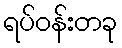
ရပ်ဝန်းတခု